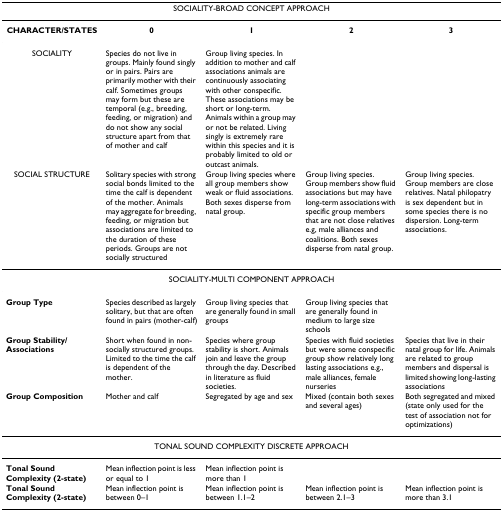
<table><thead><tr><td colspan="5"><b>SOCIALITY-BROAD CONCEPT APPROACH</b></td></tr></thead><tbody><tr><td><b>CHARACTER/STATES</b></td><td><b>0</b></td><td><b>1</b></td><td><b>2</b></td><td><b>3</b></td></tr><tr><td>SOCIALITY</td><td>Species do not live in groups. Mainly found singly or in pairs. Pairs are primarily mother with their calf. Sometimes groups may form but these are temporal (e.g., breeding, feeding, or migration) and do not show any social structure apart from that of mother and calf</td><td>Group living species. In addition to mother and calf associations animals are continuously associating with other conspecific. These associations may be short or long-term. Animals within a group may or not be related. Living singly is extremely rare within this species and it is probably limited to old or outcast animals.</td><td></td><td></td></tr><tr><td>SOCIAL STRUCTURE</td><td>Solitary species with strong social bonds limited to the time the calf is dependent of the mother. Animals may aggregate for breeding, feeding, or migration but associations are limited to the duration of these periods. Groups are not socially structured</td><td>Group living species where all group members show weak or fluid associations. Both sexes disperse from natal group.</td><td>Group living species. Group members show fluid associations but may have long-term associations with specific group members that are not close relatives e.g, male alliances and coalitions. Both sexes disperse from natal group.</td><td>Group living species. Group members are close relatives. Natal philopatry is sex dependent but in some species there is no dispersion. Long-term associations.</td></tr><tr><td colspan="5">SOCIALITY-MULTI COMPONENT APPROACH</td></tr><tr><td><b>Group Type</b></td><td>Species described as largely solitary, but that are often found in pairs (mother-calf)</td><td>Group living species that are generally found in small groups</td><td>Group living species that are generally found in medium to large size schools</td><td></td></tr><tr><td><b>Group Stability/Associations</b></td><td>Short when found in non-socially structured groups. Limited to the time the calf is dependent of the mother.</td><td>Species where group stability is short. Animals join and leave the group through the day. Described in literature as fluid societies.</td><td>Species with fluid societies but were some conspecific group show relatively long lasting associations e.g., male alliances, female nurseries</td><td>Species that live in their natal group for life. Animals are related to group members and dispersal is limited showing long-lasting associations</td></tr><tr><td><b>Group Composition</b></td><td>Mother and calf</td><td>Segregated by age and sex</td><td>Mixed (contain both sexes and several ages)</td><td>Both segregated and mixed (state only used for the test of association not for optimizations)</td></tr><tr><td colspan="5">TONAL SOUND COMPLEXITY DISCRETE APPROACH</td></tr><tr><td><b>Tonal Sound Complexity (2-state)</b></td><td>Mean inflection point is less or equal to 1</td><td>Mean inflection point is more than 1</td><td></td><td></td></tr><tr><td><b>Tonal Sound Complexity (2-state)</b></td><td>Mean inflection point is between 0–1</td><td>Mean inflection point is between 1.1–2</td><td>Mean inflection point is between 2.1–3</td><td>Mean inflection point is more than 3.1</td></tr></tbody></table>